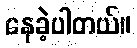
နေခဲ့ပါတယ်။